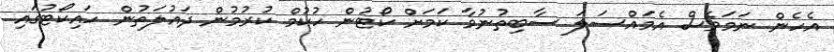
އެހެން ނަމަވެސް އެމައްސަލަ ސާބިތުނުވާ ކަމަށް ކޯޓުން ހުކުމް ކުރުމުން ދައުލަތުން ހައިކޯޓުގައި